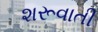
શરૂવાતી